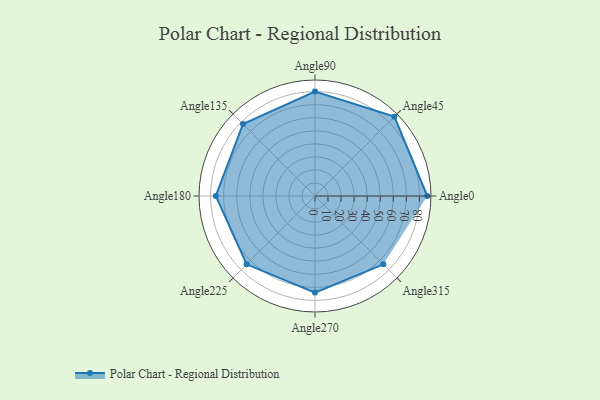
{"axis": {"x": "Angle", "y": "Radius"}, "legend": [""], "data": [{"x": "Angle0", "y": 86.0, "type": ""}, {"x": "Angle45", "y": 86.0, "type": ""}, {"x": "Angle90", "y": 80.0, "type": ""}, {"x": "Angle135", "y": 78.0, "type": ""}, {"x": "Angle180", "y": 76.0, "type": ""}, {"x": "Angle225", "y": 74.0, "type": ""}, {"x": "Angle270", "y": 74.0, "type": ""}, {"x": "Angle315", "y": 74.0, "type": ""}]}